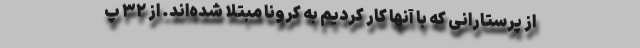
از پرستارانی که با آنها کار کردیم به کرونا مبتلا شده‌اند. از ۳۲ پ